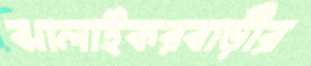
ঝালাইকরবাড়ীর